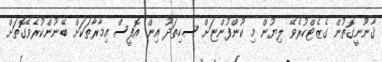
ޤާނޫނީގޮތުން ގެޒެޓްކުރެވޭ ލިޔުން މި ކުންފުންޏަށް ސ.ހިތަދޫ އިން އޮފީސް އިމާރާތަކަށް ބޭނުންކުރެވޭގޮތަށް